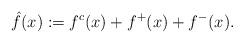
LaTeX: \begin{align*}\hat{f}(x):=f^c(x)+f^+(x)+f^-(x).\end{align*}